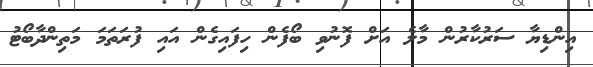
އިންޑިޔާ ސަރުކާރުން މާލެ އަށް ފޮނުވި ބޯފެން ހިފައިގެން އައި ފުރަތަމަ މަތިންދާބޯޓު